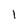
Character: 1